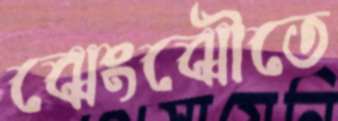
ঝেংঝৌতে